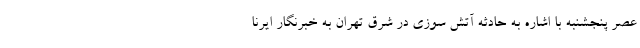
عصر پنجشنبه با اشاره به حادثه آتش سوزی در شرق تهران به خبرنگار ایرنا